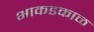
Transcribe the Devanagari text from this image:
भाकडकाळ